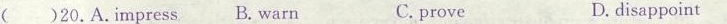
( )20.A.Impress B. Warn C.prove D.disappoint